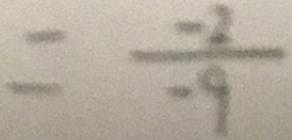
= \frac { - 2 } { - 9 }